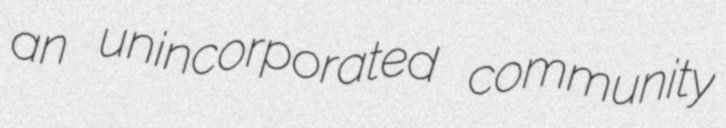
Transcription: an unincorporated community